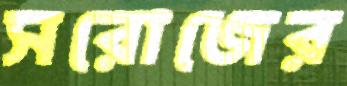
সরোজের